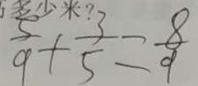
\frac { 5 } { 9 } + \frac { 3 } { 5 } = \frac { 8 } { 9 }